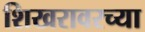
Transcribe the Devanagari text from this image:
शिखरावरच्या